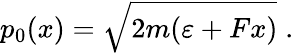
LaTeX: p_{0}(x)=\sqrt{2m(\varepsilon+Fx)}\; .